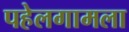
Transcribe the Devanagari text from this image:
पहेलगामला